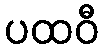
ပထဝီ